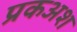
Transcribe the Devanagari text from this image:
प्रकअश